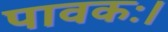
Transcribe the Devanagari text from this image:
पावकः।